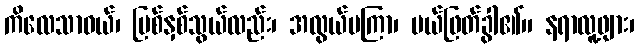
ကိလေသာဝယ်၊ မြစ်နှစ်သွယ်လည်း၊ အလွယ်မကြာ၊ ပယ်ဖြတ်ခွါ၏၊၊ နရာလူ့ဖျား၊